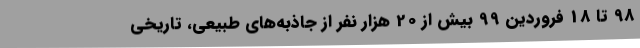
98 تا 18 فروردین 99 بیش از 20 هزار نفر از جاذبه‌های طبیعی، تاریخی